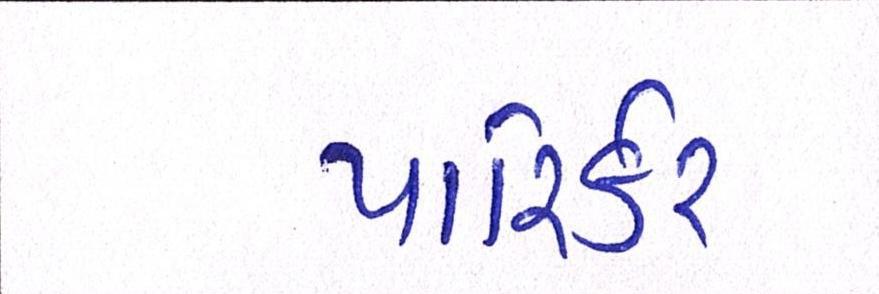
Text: પારિર્કર